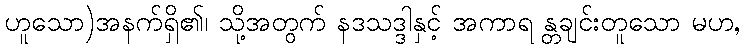
ဟူသော)အနက်ရှိ၏၊ သို့အတွက် နဒသဒ္ဒါနှင့် အကာရ န္တချင်းတူသော မဟ,